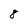
Character: 8